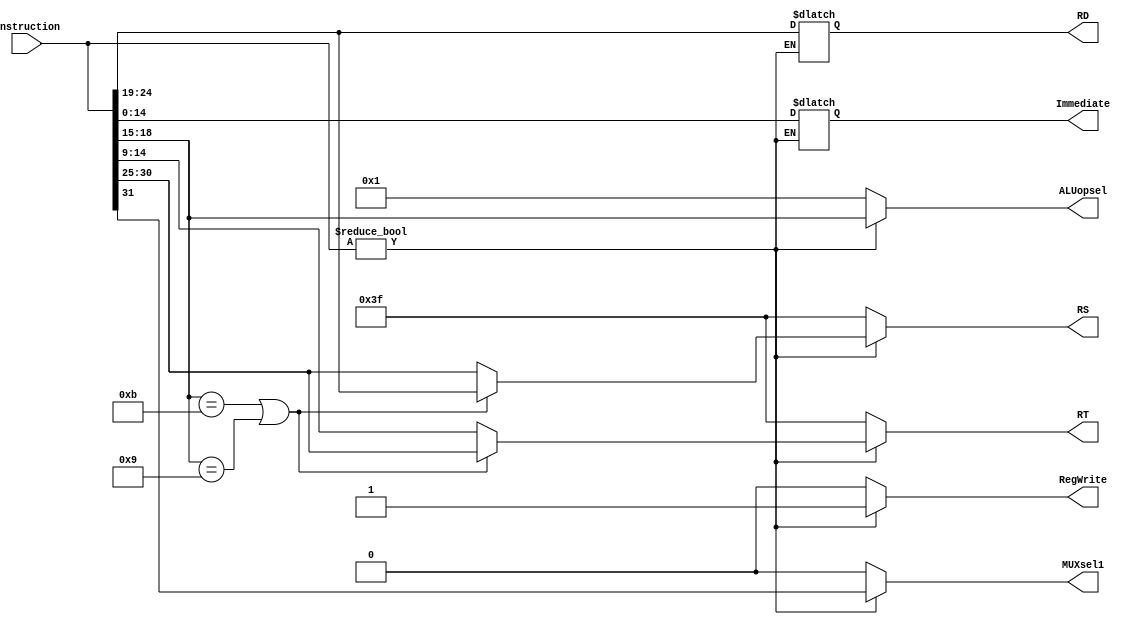
module Controller(
	input [31:0] Instruction,
	output reg RegWrite,
	output reg MUXsel1,
	output reg [5:0] RS,
	output reg [5:0] RD,
	output reg [3:0] ALUopsel,
	output reg [5:0] RT,
	output reg [14:0] Immediate
	);

	always @(*)
	begin
		RegWrite = 0;
		if (Instruction != 32'd0) begin
			RegWrite = 1;
			MUXsel1 = Instruction[31:31];
			RS = Instruction[30:25];
			RD = Instruction[24:19];
			ALUopsel = Instruction[18:15];
			RT = Instruction[14:9];
			Immediate = Instruction[14:0];
			if (ALUopsel == 4'b1011 || ALUopsel == 4'b1001) begin
				RT = RS[5:0];
				RS = RD[5:0];
			end
		end else begin
			// NOP
			MUXsel1 = 0;
			RS = 6'd63;
			ALUopsel = 4'b0001;
			RT = 6'd63;
		end
	end

endmodule